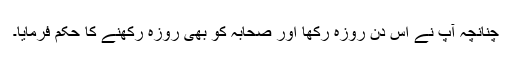
چنانچہ آپ نے اس دن روزہ رکھا اور صحابہ کو بھی روزہ رکھنے کا حکم فرمایا۔